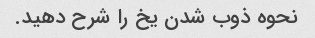
نحوه ذوب شدن یخ را شرح دهید.